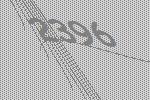
2396